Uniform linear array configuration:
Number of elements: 48
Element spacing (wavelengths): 0.25
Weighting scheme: uniform
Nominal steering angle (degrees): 30
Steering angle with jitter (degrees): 28.026
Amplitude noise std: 0.05
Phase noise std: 0.05

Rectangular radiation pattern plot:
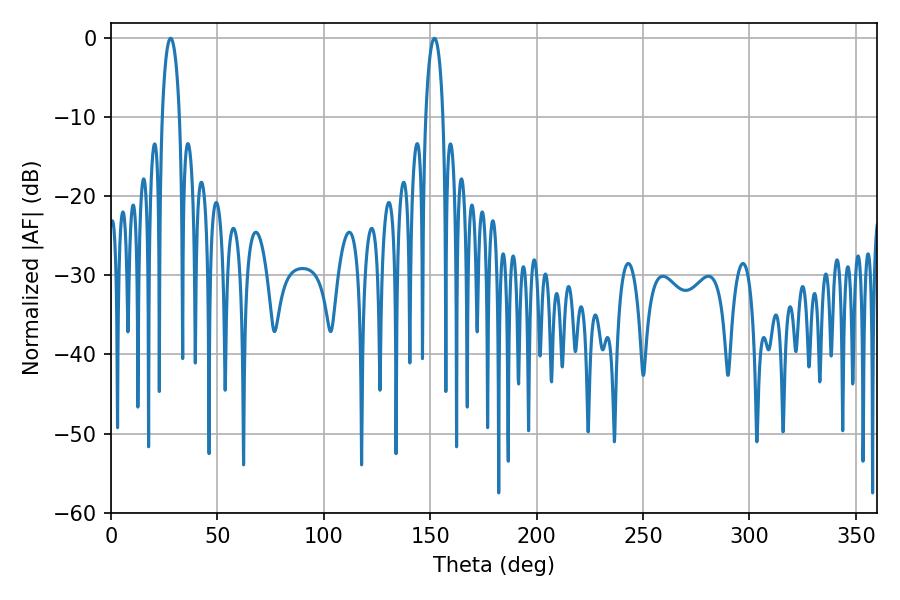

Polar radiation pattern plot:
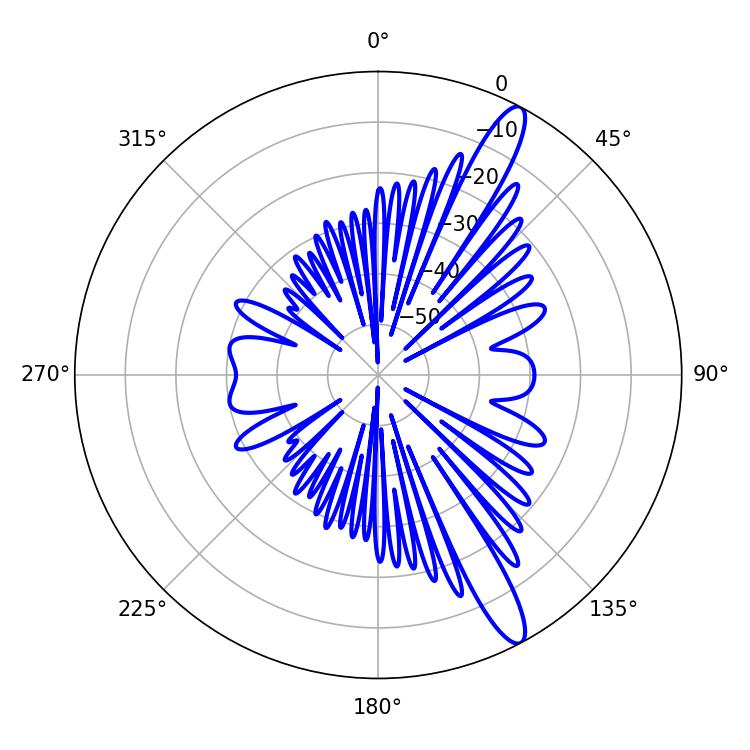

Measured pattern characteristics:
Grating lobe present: FALSE
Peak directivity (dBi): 13.564
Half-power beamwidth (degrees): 4.68
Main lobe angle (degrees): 28.08